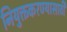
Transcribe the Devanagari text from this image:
नियुक्तकरण्यासाठी